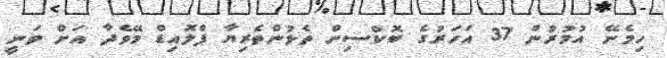
ހިމެނޭ އުމުރުން 37 އަހަރުގެ ބޮކްސިން ތެޅުންތެރިޔާ ފްލޮއިޑް މޭވެދާ އަށް ވަނީ